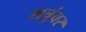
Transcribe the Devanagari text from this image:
शत्रुंवर